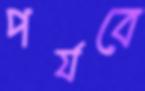
পর্যবে